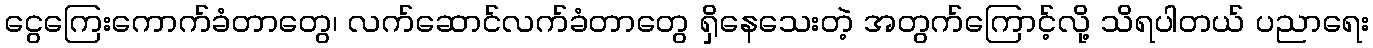
ငွေကြေးကောက်ခံတာတွေ၊ လက်ဆောင်လက်ခံတာတွေ ရှိနေသေးတဲ့ အတွက်ကြောင့်လို့ သိရပါတယ် ပညာရေး